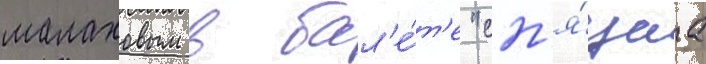
малаховым в бал'е́т'е "сп'я́щаа